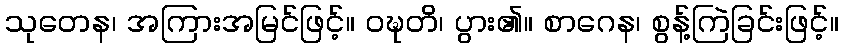
သုတေန၊ အကြားအမြင်ဖြင့်။ ဝဍ္ဎတိ၊ ပွား၏။ စာဂေန၊ စွန့်ကြဲခြင်းဖြင့်။